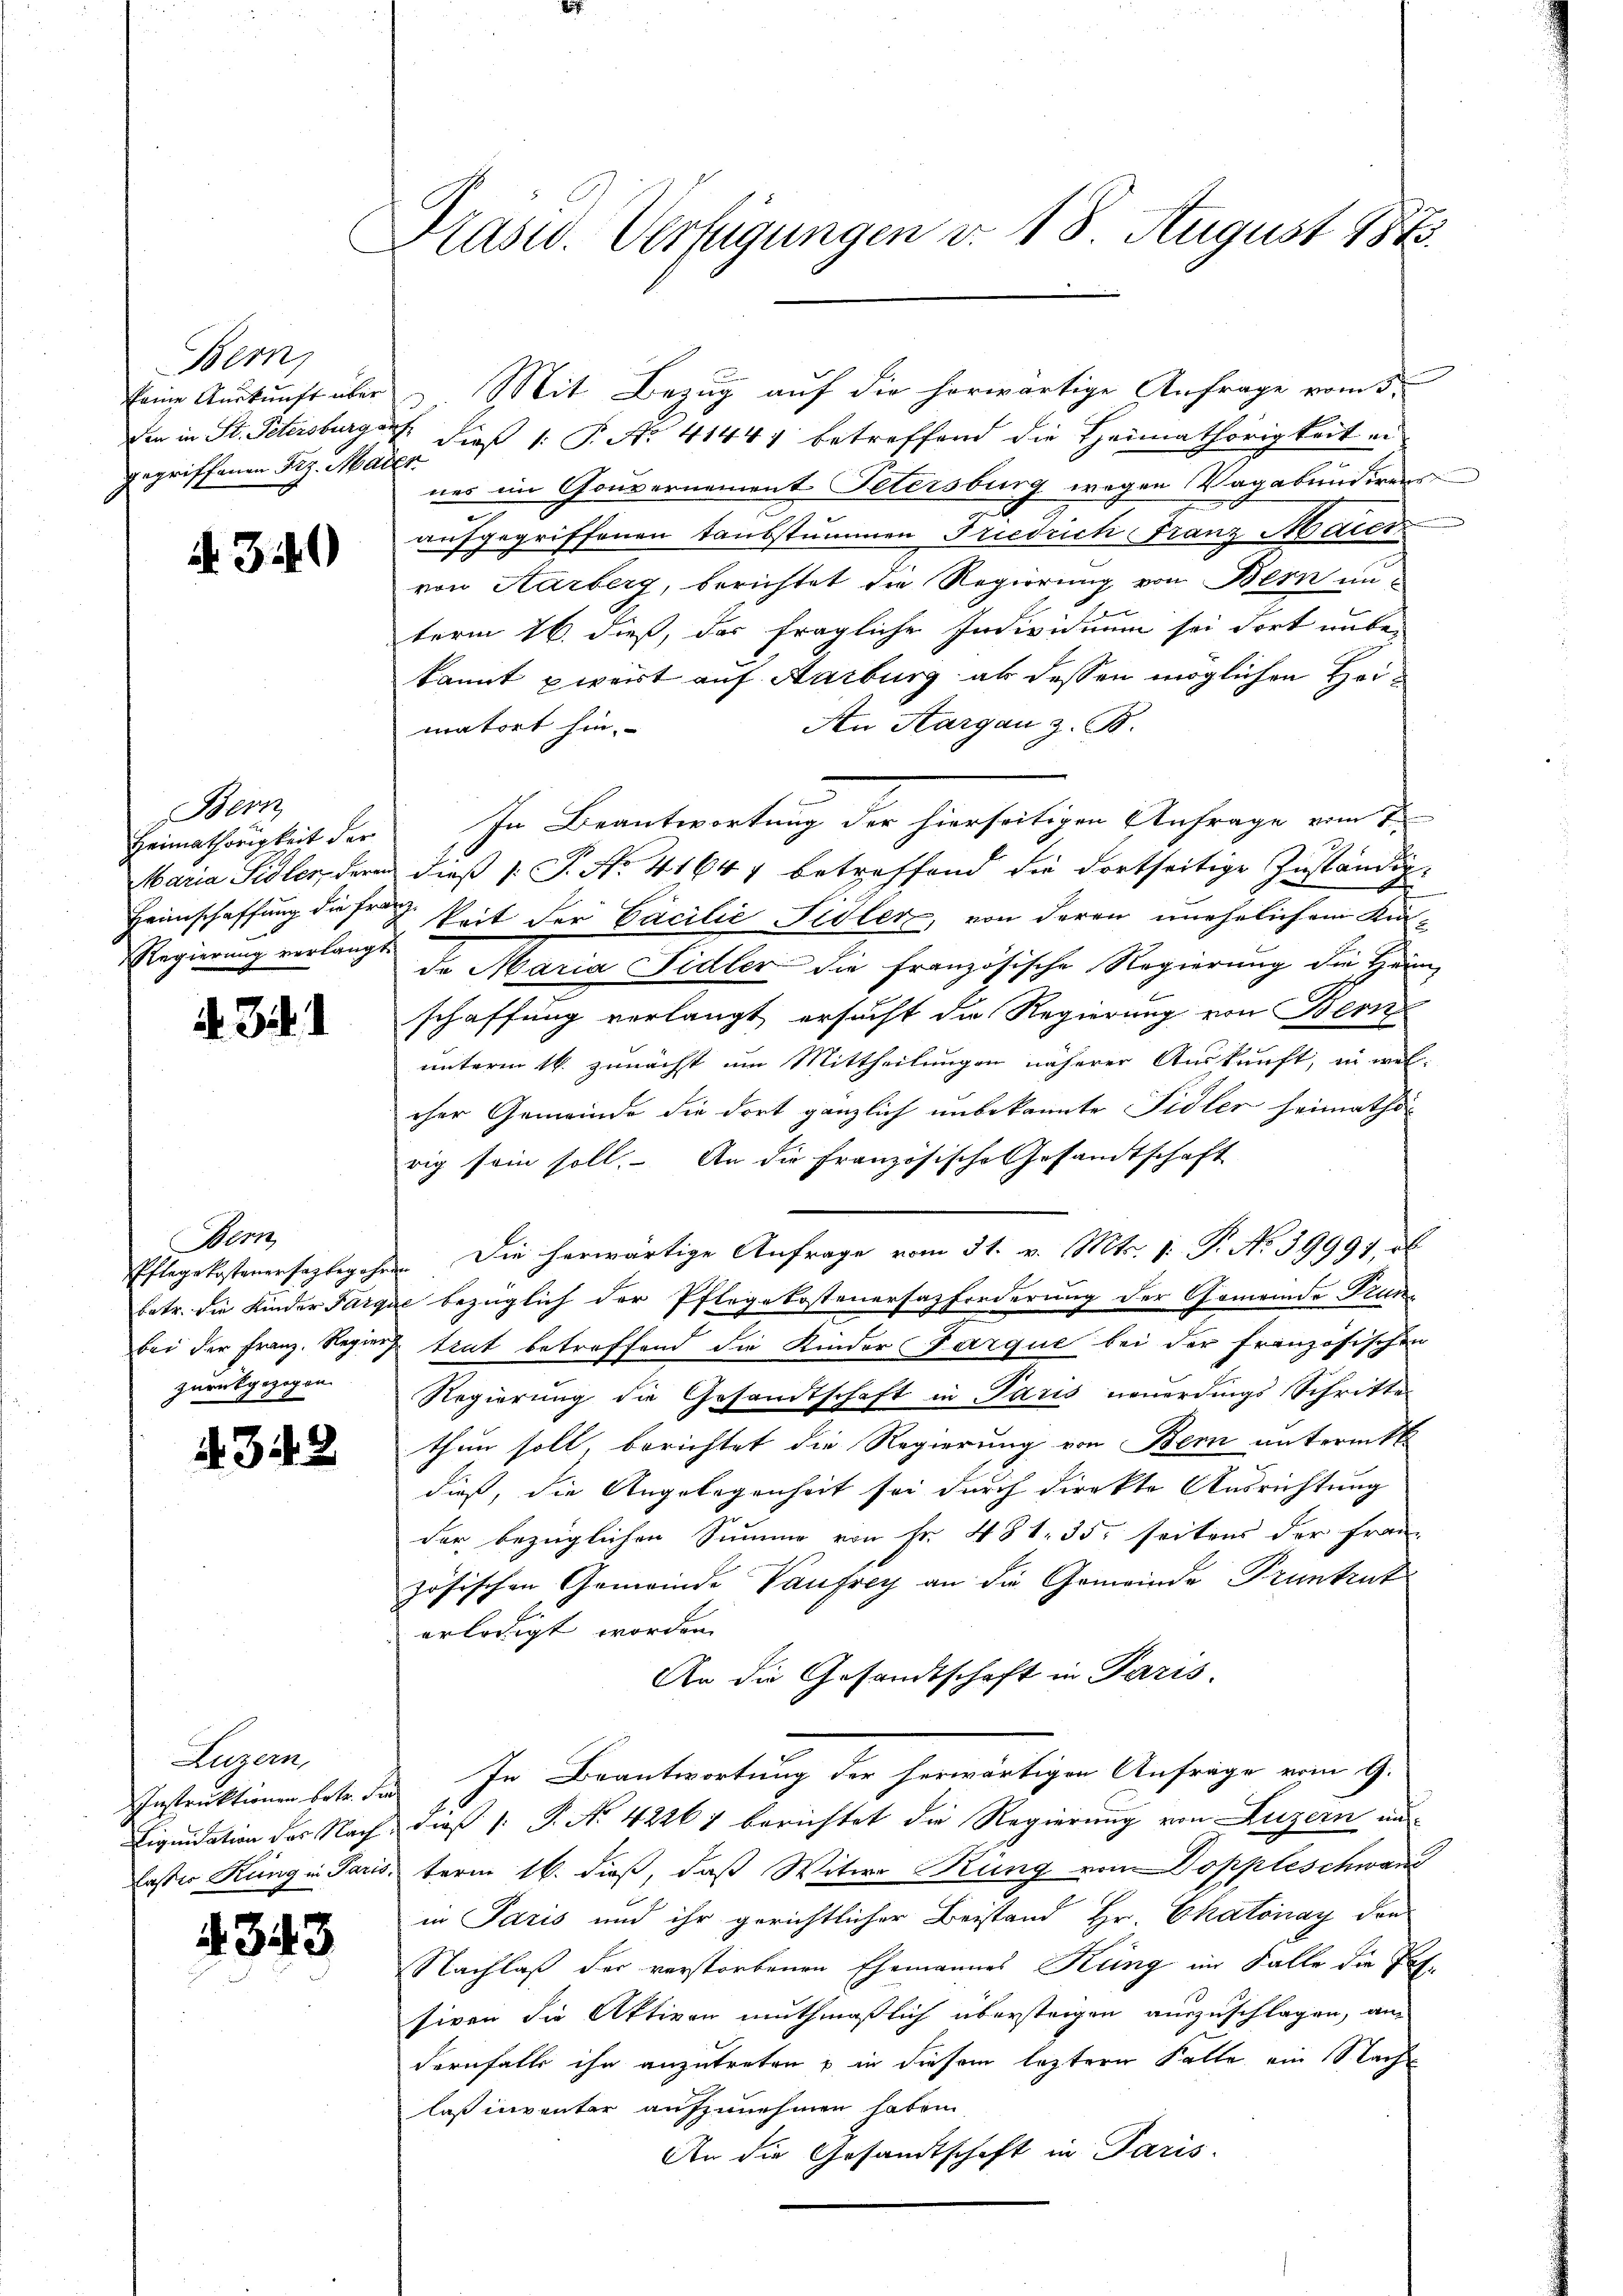
Bern,
keine Auskunft über
gegriffenen Frz. Maier

A. 349

Bern,
Heimathörigkeit der
Maria Sidler, deren
Regierung verlangte

. J.

Bern
zurückgezogen.

4348

Luzern,

4343

Präsid. Verfügungen v. 18. August 184

Mit Bezug auf die herwärtige Anfrage vom 5.
ner im Gouvernement Petersburg wegen Vagabundiren
aufgegriffenen Taubstummen Friedrich Franz Maier
von Aarberg, berichtet die Regierung von Bern unterm 16. dieß, das fragliche Individuum sei dort unber
kannt piert auf Aarburg als dessen möglichen Hei¬
An Aargau z. B.
matort hin.
2
dieß P. No 41647 betreffend die dortseitige Zuständig.
Heimschaffung diese Zeit der Cacilie Fidler, von deren unehelichem Kinde Maria Fidler die französische Regierung die Heim-
schaffung verlangt ersucht die Regierung von Bern
unterm 16. zunächst um Mittheilungen näherer Auskunft, in welcher Gemeinde die dort gänzlich unbekannte Fidler heimathörig sein soll. An die Französische Gesandtschaft
Pflegekostenensagbegehen. Die herwärtige Anfrage vom 31. v. Mts. 1. P. No 39991, ob
betr. die Kinder Parque bezüglich der Pflegekostenersatzforderung der Gemeinde Trunbei der Franz. Regieng trat betreffend die Kinder Farque bei der französischen
Regierung die Gesandtschaft in Paris neuerdings Schritte
thun soll, berichtet die Regierung von Bern unterm
dieß, die Angelegenheit sei durch direkte Ausrichtung
der bezüglichen Summe von Fr. 481. 35. seitens der Franz
zösischen Gemeinde Vaufrey an die Gemeinde Pruntrut
erledigt worden.
An die Gesandtschaft in Paris.
Instruktionen betr. das In Beantwortung der herwärtigen Anfrage vom 9.
Liquidation des Nach dieß 1: P. Nr. 42261 berichtet die Regierung von Luzern un-
Erster Kung in Paristerm 16. dieß, daß Witwe Küng vom Doppleschwand
in Paris und ihr gerichtlicher Beistand Hr. Chaonay den
Nachlaß der verstorbenen Ehemannes Kling im Falle die Tat-
siven die Aktiven muthmaßlich übersteigen auszuschlagen, an
dernfalls ihn anzutreten & in diesem leztere Falle ein Nach
laß inventer aufzunehmen haben
An die Gesandtschaft in Paris.

den in St. Petersburger dieß 1: P. Nr. 41444 betreffend die Heimathörigkeit in

In Beantwortung der hierseitigen Anfrage vom 7.